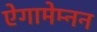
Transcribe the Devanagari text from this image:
ऐगामेम्नन